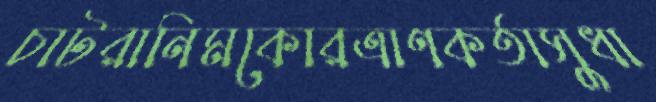
চাটরানিমকোরত্রাণকর্তাসুধা